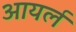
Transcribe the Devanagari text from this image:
आयर्ल